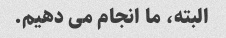
البته، ما انجام می دهیم.